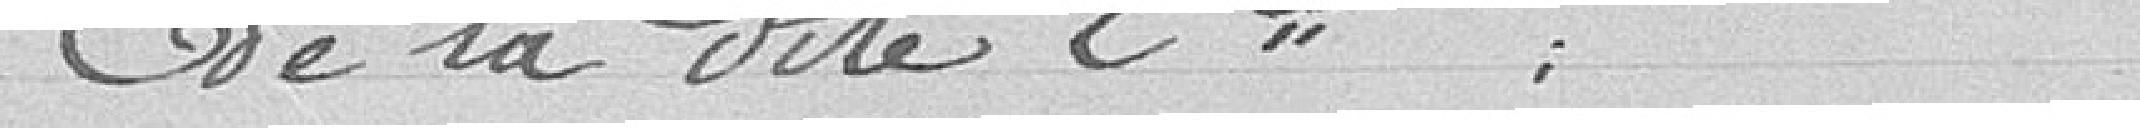
de la dite Compagnie :